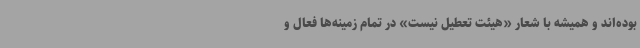
بوده‌اند و همیشه با شعار «هیئت تعطیل نیست» در تمام زمینه‌ها فعال و